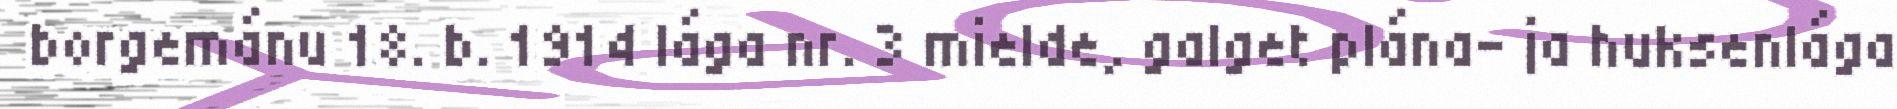
borgemánu 18. b. 1914 lága nr. 3 mielde, galget plána- ja huksenlága